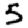
Digit: 5